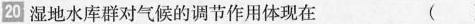
20湿地水库群对气候的调节作用体现在 ()